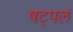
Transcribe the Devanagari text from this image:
षट्पलं